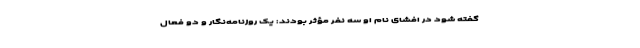
گفته شود در افشای نام او سه نفر مؤثر بودند: یک روزنامه‌نگار و دو فعال